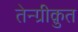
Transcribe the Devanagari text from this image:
तेन्ग्रीक़ुत